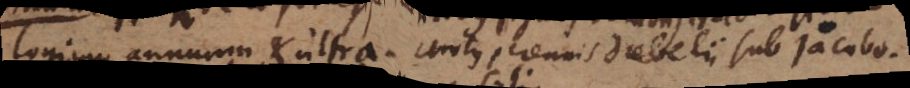
logium annuum et ultra. Motus perennis Drebelii sub Jacobo.